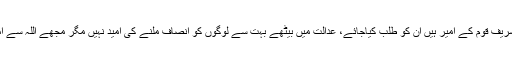
شیخ رشید نے کہا نوازشریف قوم کے امیر ہیں ان کو طلب کیاجائے، عدالت میں بیٹھے بہت سے لوگوں کو انصاف ملنے کی امید نہیں مگر مجھے اللہ سے امید ہے کہ انصاف ہوگا۔